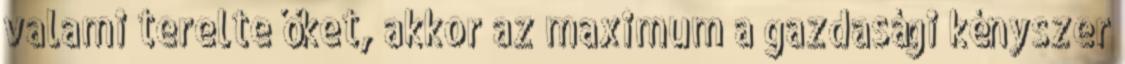
valami terelte őket, akkor az maximum a gazdasági kényszer